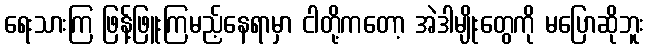
ရေးသားကြ ဖြန့်ဖြူးကြမည့်နေရာမှာ ငါတို့ကတော့ အဲဒါမျိုးတွေကို မပြောဆိုဘူး